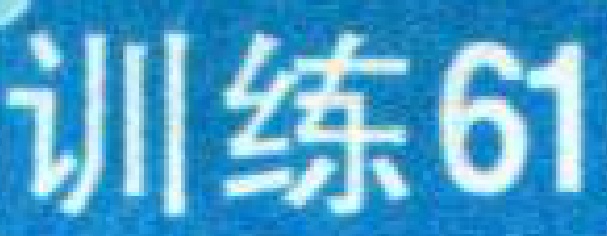
训练61